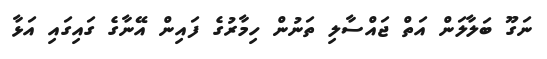
ނަގޫ ބަލާލަން އަތް ޖައްސާލި ތަނުން ހިމާރުގެ ފައިން އޭނާގެ ގައިގައި އަޅާ